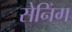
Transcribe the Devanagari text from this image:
सेनिंग